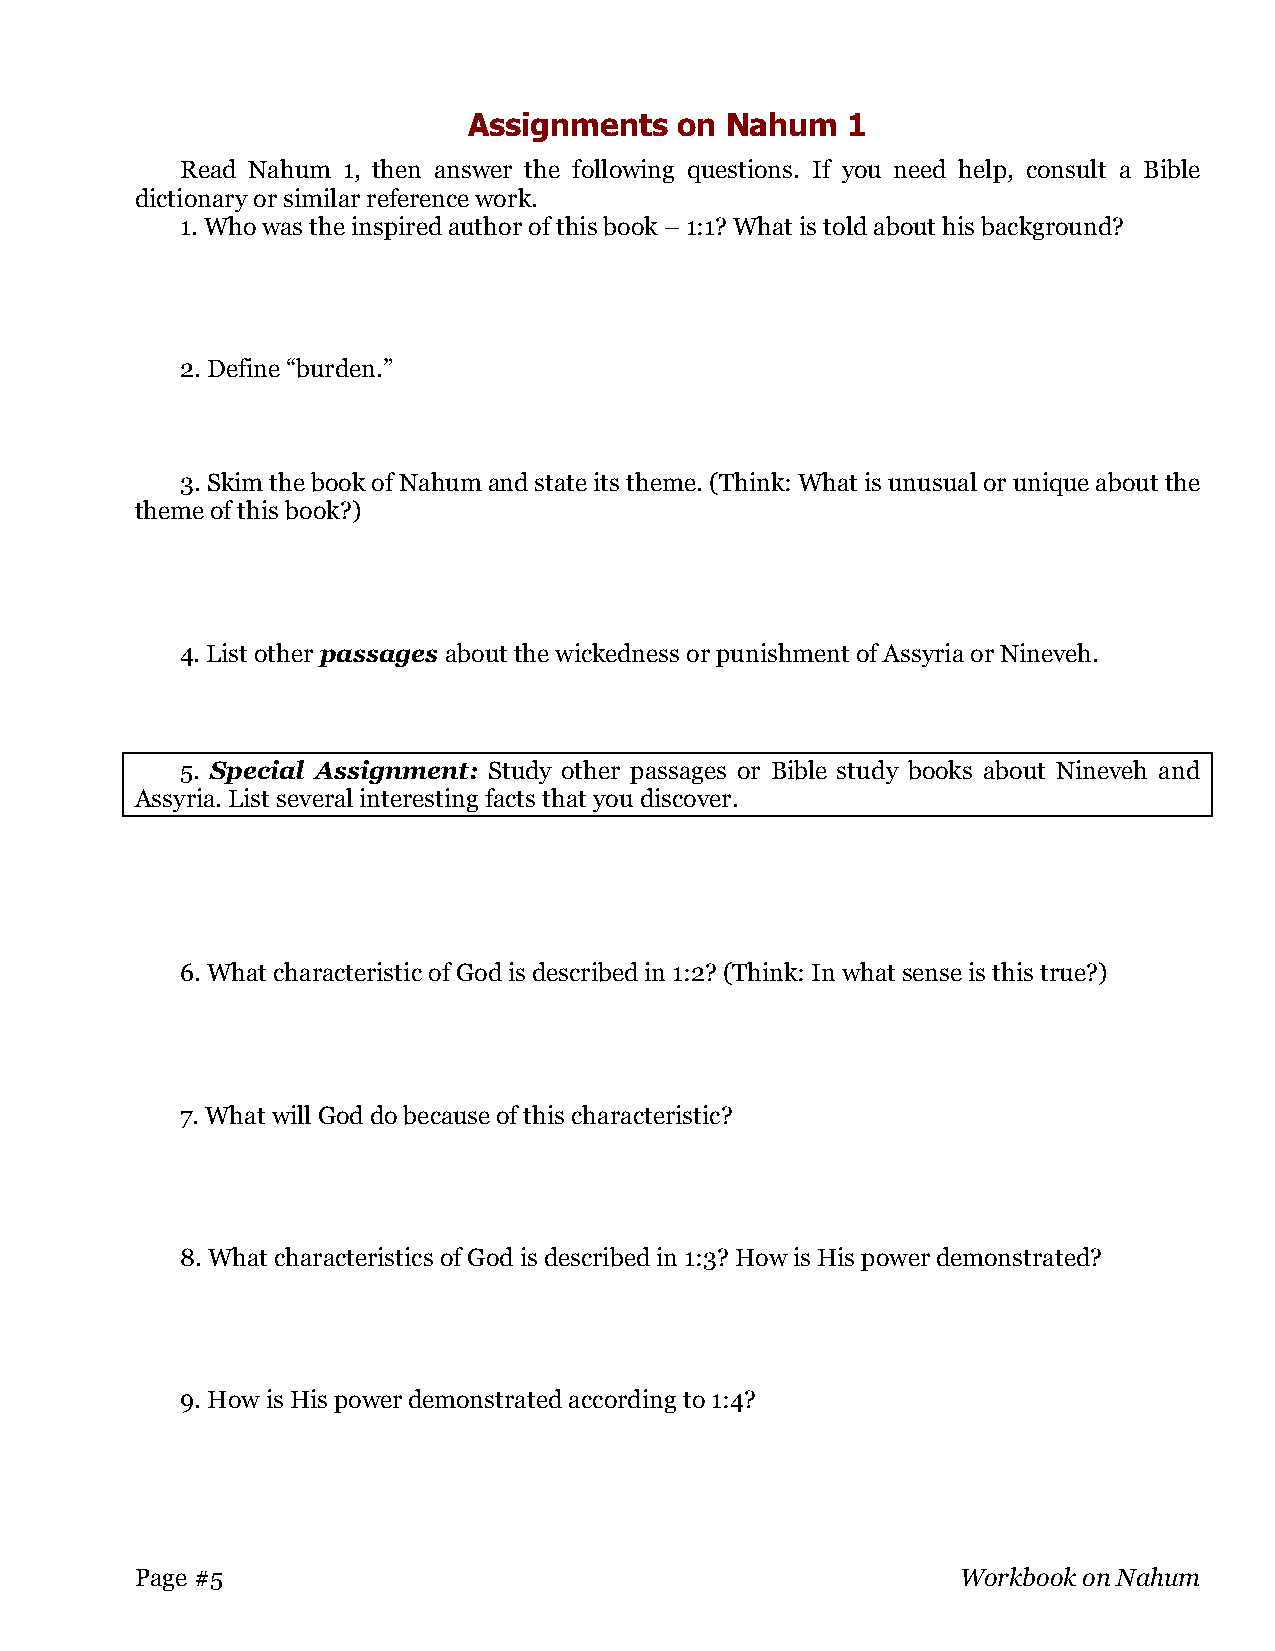
Assignments   on Nahum   1
 Read Nahum 1, then answer the following questions. If you need help, consult a Bible
 dictionary or similar reference work.
 1. Who was the inspired author of this book – 1:1? What is told about his background?
 2. Define “burden.”
 3. Skim the book of Nahum and state its theme. (Think: What is unusual or unique about the
 theme of this book?)
 4. List other passages about the wickedness or punishment of Assyria or Nineveh.
 5. Special Assignment: Study other passages or Bible study books about Nineveh and
 Assyria. List several interesting facts that you discover.
 6. What characteristic of God is described in 1:2? (Think: In what sense is this true?)
 7. What will God do because of this characteristic?
 8. What characteristics of God is described in 1:3? How is His power demonstrated?
 9. How is His power demonstrated according to 1:4?
 Page #5                                                Workbook on Nahum